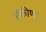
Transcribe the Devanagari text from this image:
संकीणर्